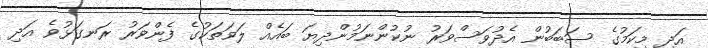
އަދި މިކަމުގެ ސަބަބުން އެދުވަސްވަރު ނުކުންނަމުންދިޔަ ބައެއް ލަވަތަކުގެ ފެންވަރު ރަނގަޅުވެ އަދި